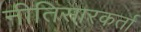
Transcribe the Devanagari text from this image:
नीतिसारकर्ता